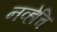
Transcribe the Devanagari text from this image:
नव्हेचि